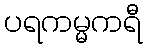
ပရကမ္မကရီ